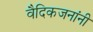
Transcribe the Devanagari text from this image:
वैदिकजनांनी